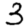
Digit: 3